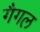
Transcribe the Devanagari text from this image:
गैगल